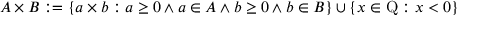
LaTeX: A \times B : = \{ a \times b : a \geq 0 \land a \in A \land b \geq 0 \land b \in B \} \cup \{ x \in \mathrm { Q } : x < 0 \}